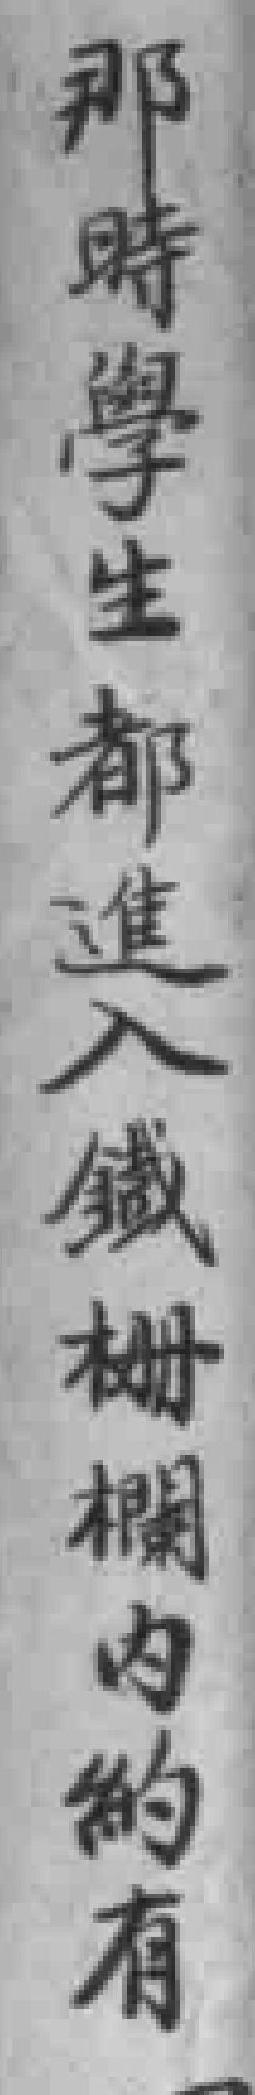
那時學生都進入鐡栅欄内約有